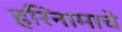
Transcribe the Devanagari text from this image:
हरिनामाचे